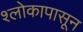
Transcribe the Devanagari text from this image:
श्लोकापासून